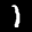
Label: 1